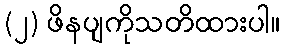
(၂) ဖိနပျကိုသတိထားပါ။